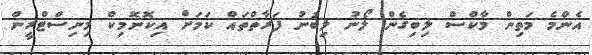
އެންމެ މަތިން މާކްސް ލިބިގެން ލޯނު ލިބުނު ފަރާތްތައް ކަމަށް އިކޮނޮމިކް މިނިސްޓްރީން